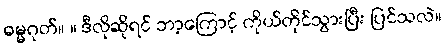
ဓမ္မဂုတ်။ ။ ဒီလိုဆိုရင် ဘာ့ကြောင့် ကိုယ်တိုင်သွားပြီး ပြင်သလဲ။